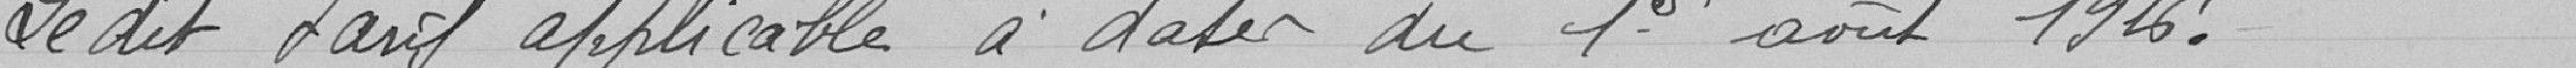
Ledit tarif applicable à dater du 1er août 1916.